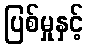
ပြစ်မှုနှင့်